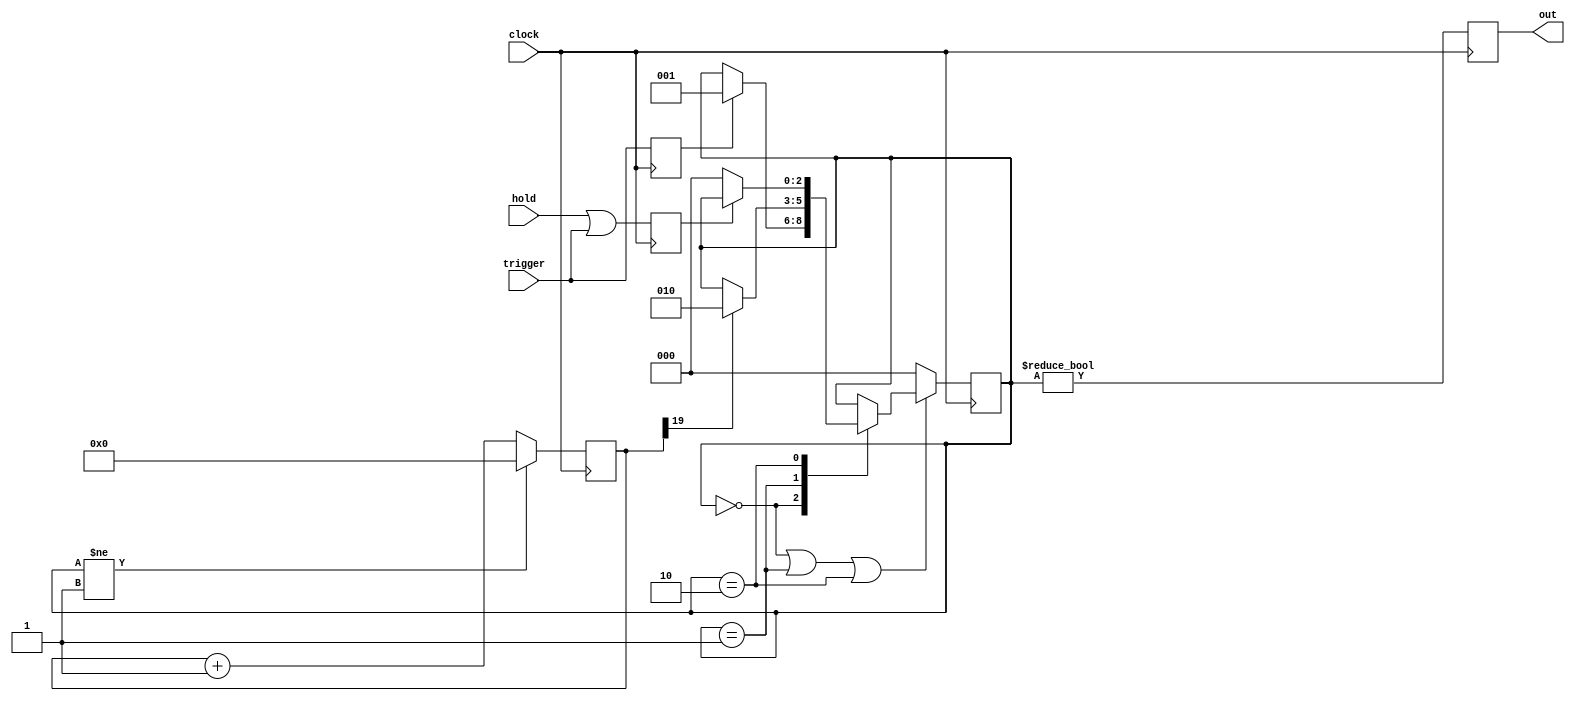
`timescale 1ns / 1ps
//`define DEBUG_X_FLASHSM 1
//------------------------------------------------------------------------------------------------------------------
//
//	LED Flash Pulse Generator
//
//	Produces a 13mS pulse on trigger's rising edge by dividing
//	the 40MHZ clock by 2*19.
//
//	11/21/97 Initial
//	02/03/98 Added output persistence
//	03/26/98 Added reset f/f, reduced output width to 13mS
//	06/08/99 Ported from LCT48 version. Moved trigger from clk to d input
//	08/17/99 Added hold state
//	10/04/01 Converted to Verilog
//	10/04/01 Changed to synchronous design
//	10/16/01 Changed to x_dff
//	10/19/01 Changed to x_counter
//	11/26/01 Fixed trigger x_dff call
//	03/08/02 Replaced library calls with behavioral code
//	09/23/05 Mod for ISE 7.1i
//	09/23/05 Re-write as state machine
//	09/28/06 XST 8.2 mods, x_flash(11) becomes x_flashsm(19) for same 13ms flash
//	04/26/10 Mod for ise 11
//	07/12/10 Port to ise 12, convert to non-blocking operators
//	10/05/10 Add debug count length, add reg inits
//------------------------------------------------------------------------------------------------------------------
	module x_flashsm (trigger,hold,clock,out);

// Generic
	`ifndef DEBUG_X_FLASHSM	parameter MXCNT = 19; `endif	// Normal persistence counter width
	`ifdef  DEBUG_X_FLASHSM	parameter MXCNT =  2; `endif	// Debug  persistence counter width
	initial	$display("x_flashsm: MXCNT=%d",MXCNT);

// Ports
	input			trigger;		// Start flash
	input			hold;			// Hold led on
	input			clock;			// Counter clock
	output			out;			// LED drive

// State Machine declaration
	reg [2:0] flash_sm;
	parameter idle	= 0;
	parameter flash	= 1;
	parameter hwait	= 2;

	// synthesis attribute safe_implementation of flash_sm is "yes";
	// synthesis attribute init                of flash_sm is idle;

// Buffer input
	reg trig_ff=0;
	reg hold_ff=0;

	always @(posedge clock) begin
	trig_ff <= trigger;
	hold_ff	<= hold | trigger;
	end

// Buffer output
	reg out=0;

	always @(posedge clock) begin
	out <= (flash_sm != idle);
	end

// Flash persistence counter
	reg [MXCNT:0] cnt=0;

	always @(posedge clock) begin
	if (flash_sm != flash)	cnt <= 0;
	else					cnt <= cnt+1'b1;
	end

	wire cnt_done = cnt[MXCNT];

// Flash state machine
	wire sm_reset = !((flash_sm==idle) || (flash_sm==flash) || (flash_sm==hwait));

	always @(posedge clock) begin
	if (sm_reset)			flash_sm <= idle;
	else begin
	case (flash_sm)
	idle:	if (trig_ff )	flash_sm <= flash;
	flash:	if (cnt_done)	flash_sm <= hwait;
	hwait:	if (!hold_ff)	flash_sm <= idle;
	endcase
	end
	end

// Debug state machine display
`ifdef DEBUG_X_FLASHSM
	output reg [39:0] flash_sm_dsp;

	always @* begin
	case (flash_sm)
	idle:	flash_sm_dsp <= "idle ";
	flash:	flash_sm_dsp <= "flash";
	hwait:	flash_sm_dsp <= "hwait";
	default	flash_sm_dsp <= "deflt";
	endcase
	end
`endif

//------------------------------------------------------------------------------------------------------------------
	endmodule
//------------------------------------------------------------------------------------------------------------------